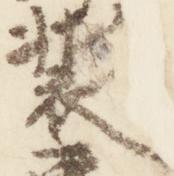
装